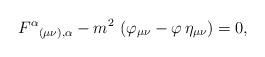
LaTeX: \begin{align*}F^{\alpha }{}_{(\mu \nu ),\alpha }- m^{2}\,\left( \varphi_{\mu\nu}-\varphi\,\eta _{\mu \nu }\right) =0 ,\end{align*}